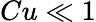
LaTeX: Cu\ll 1